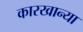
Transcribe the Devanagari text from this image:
कारखान्या